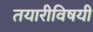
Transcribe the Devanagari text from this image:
तयारीविषयी